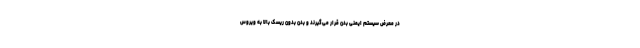
در معرض سیستم ایمنی بدن قرار می‌گیرند و بدن بدون ریسک بالا به ویروس